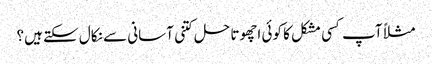
مثلاً آپ کسی مشکل کا کوئی اچھوتا حل کتنی آسانی سے نکال سکتے ہیں؟